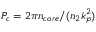
P _ { c } = 2 \pi n _ { c o r e } / ( n _ { 2 } k _ { p } ^ { 2 } )